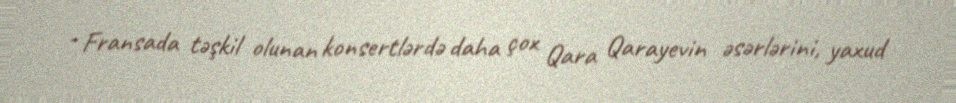
- Fransada təşkil olunan konsertlərdə daha çox Qara Qarayevin əsərlərini, yaxud